Civil Veterinary Dept. Bombay admin report 1914-1922 - 1914-1922
Year: 1914
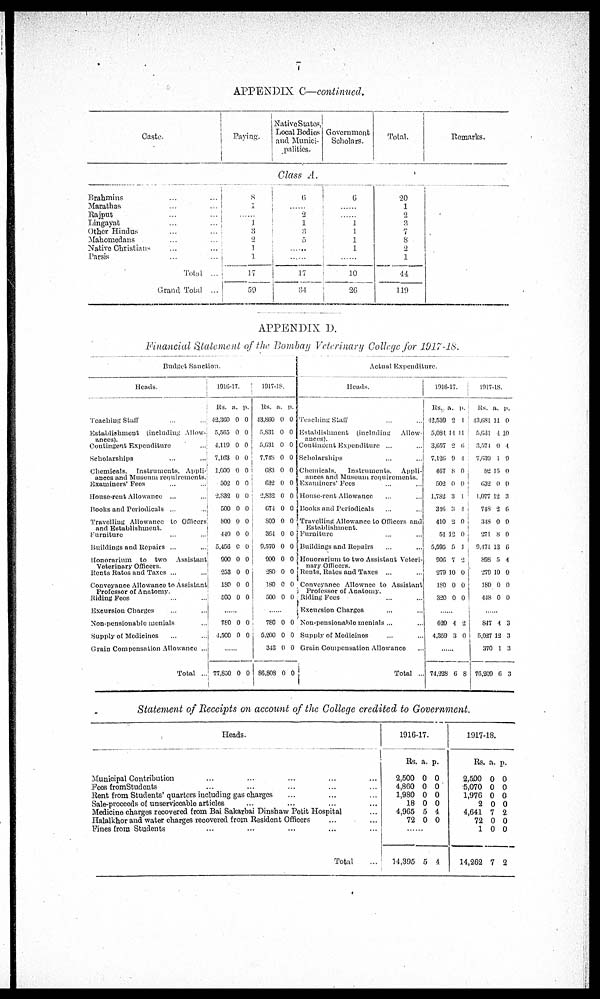
APPENDIX C—continued.
Caste.
Paying.
Native States,
Local Bodies
and Munici-
palities.
Government
Scholars.
Total.
Remarks.
Class A.
Brahmins ... ...
Marathas ... ...
Rajput ... ...
Lingayat ... ...
Other Hindus ... ...
Mahomedans ... ...
Native Christians ... ...
Parsis ... ...
Total ...
Grand Total ...
8
1
......
1
3
2
1
1
17
59
6
......
2
1
3
5
......
......
17
34
6
......
......
1
1
1
1
......
10
26
20
1
2
3
7
8
2
1
44
119
APPENDIX D.
Financial Statement of the Bombay Veterinary College for 1917-18.
Budget Sanction.
Heads.
Teaching Staff ... ...
Establishment (including Allow¬
ances).
Contingent Expenditure) ...
Scholarships ... ...
Chemicals, Instruments, Appli¬
ances and Museum requirements.
Examiners' Fees ... ...
House-rent Allowance ... ...
Books and Periodicals ... ...
Travelling Allowance to Officers
and Establishment.
Furniture ... ...
Buildings and Repairs ... ...
Honorarium to two Assistant
Veterinary Officers.
Rents Rates and Taxes ... ...
Conveyance Allowance to Assistant
Professor of Anatomy.
Riding Fees ... ...
Excursion Charges ... ...
Non-pensionable menials ...
Supply of Medicines ... ...
Grain Compensation Allowance ...
Total ...
1916-17.
Rs.
42,360
5,565
4,119
7,163
1,000
502
2,832
500
800
440
5,456
900
253
180
500
a.
0
0
0
0
0
0
0
0
0
0
0
0
0
0
0
p.
0
0
0
0
0
0
0
0
0
0
0
0
0
0
0
......
780
4,500
0
0
0
0
......
77,850 0 0
1917-18.
Rs.
43,860
5,831
5,631
7,748
683
632
2.832
674
800
364
9,570
900
280
180
500
a.
0
0
0
0
0
0
0
0
0
0
0
0
0
0
0
p.
0
0
0
0
0
0
0
0
0
0
0
0
0
0
0
......
780
5,200
343
86,808
0
0
0
0
0
0
0
0
Actual Expenditure.
Heads.
Teaching Staff ... ...
Establishment (including
Allow-
ances).
Contingent Expenditure ... ...
Scholarships ... ...
Chemicals,
Instruments,
Appli-
ances and Museum requirements.
Examiners' Fees ... ...
House-rent Allowance ... ...
Books and Periodicals ... ...
Travelling Allowance to Officers and
Establishment.
Furniture ... ...
Buildings and Repairs ... ...
Honorarium to two Assistant Veteri¬
nary Officers.
Rents, Rates and Taxes ... ...
Conveyance Allownce to Assistant
Professor of Anatomy.
Riding Fees ... ...
Excursion Charges ... ...
Non-pensionable menials ... ...
Supply of Medicines ... ...
Grain Compensation Allowance ...
Total ...
1916-17.
Rs.
42,539
5,084
3,657
7,126
467
502
1,782
346
410
51
5,595
906
279
180
320
a.
2
14
2
9
8
0
3
3
2
12
5
7
10
0
0
p.
1
11
6
4
0
0
1
4
0
0
1
2
0
0
0
......
620
4,359
4
3
2
0
......
74,228 6 8
1917-18.
Rs.
43,681
5,631
3,574
7,639
82
632
1,077
748
348
271
9,471
898
279
180
448
a.
11
4
0
1
15
0
12
2
0
8
13
5
10
0
0
p.
0
10
4
9
0
0
3
6
0
0
6
4
0
0
0
......
847
5,027
370
76,209
4
12
1
6
3
3
3
3
Statement of Receipts on account of the College credited to Government.
Heads.
Municipal Contribution ... ... ... ... ...
Fees from Students ... ... ... ... ...
Rent from Students' quarters including gas charges ... ... ...
Sale-proceeds of unserviceable articles ... ... ... ...
Medicine charges recovered from Bai Sakarbai Dinshaw Petit Hospital ...
Halalkhor and water charges recovered from Resident Officers ... ...
Fines from Students ... ... ... ... ...
Total ...
1916-17.
Rs.
2,500
4,860
1,980
18
4,965
72
a.
0
0
0
0
5
0
p.
0
0
0
0
4
0
......
14,395 5 4
1917-18.
Rs.
2,500
5,070
1,976
2
4,641
72
1
14,262
a.
0
0
0
0
7
0
0
7
p.
0
0
0
0
2
0
0
2